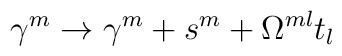
\gamma^m\to\gamma^m+s^m+\Omega^{ml}t_l